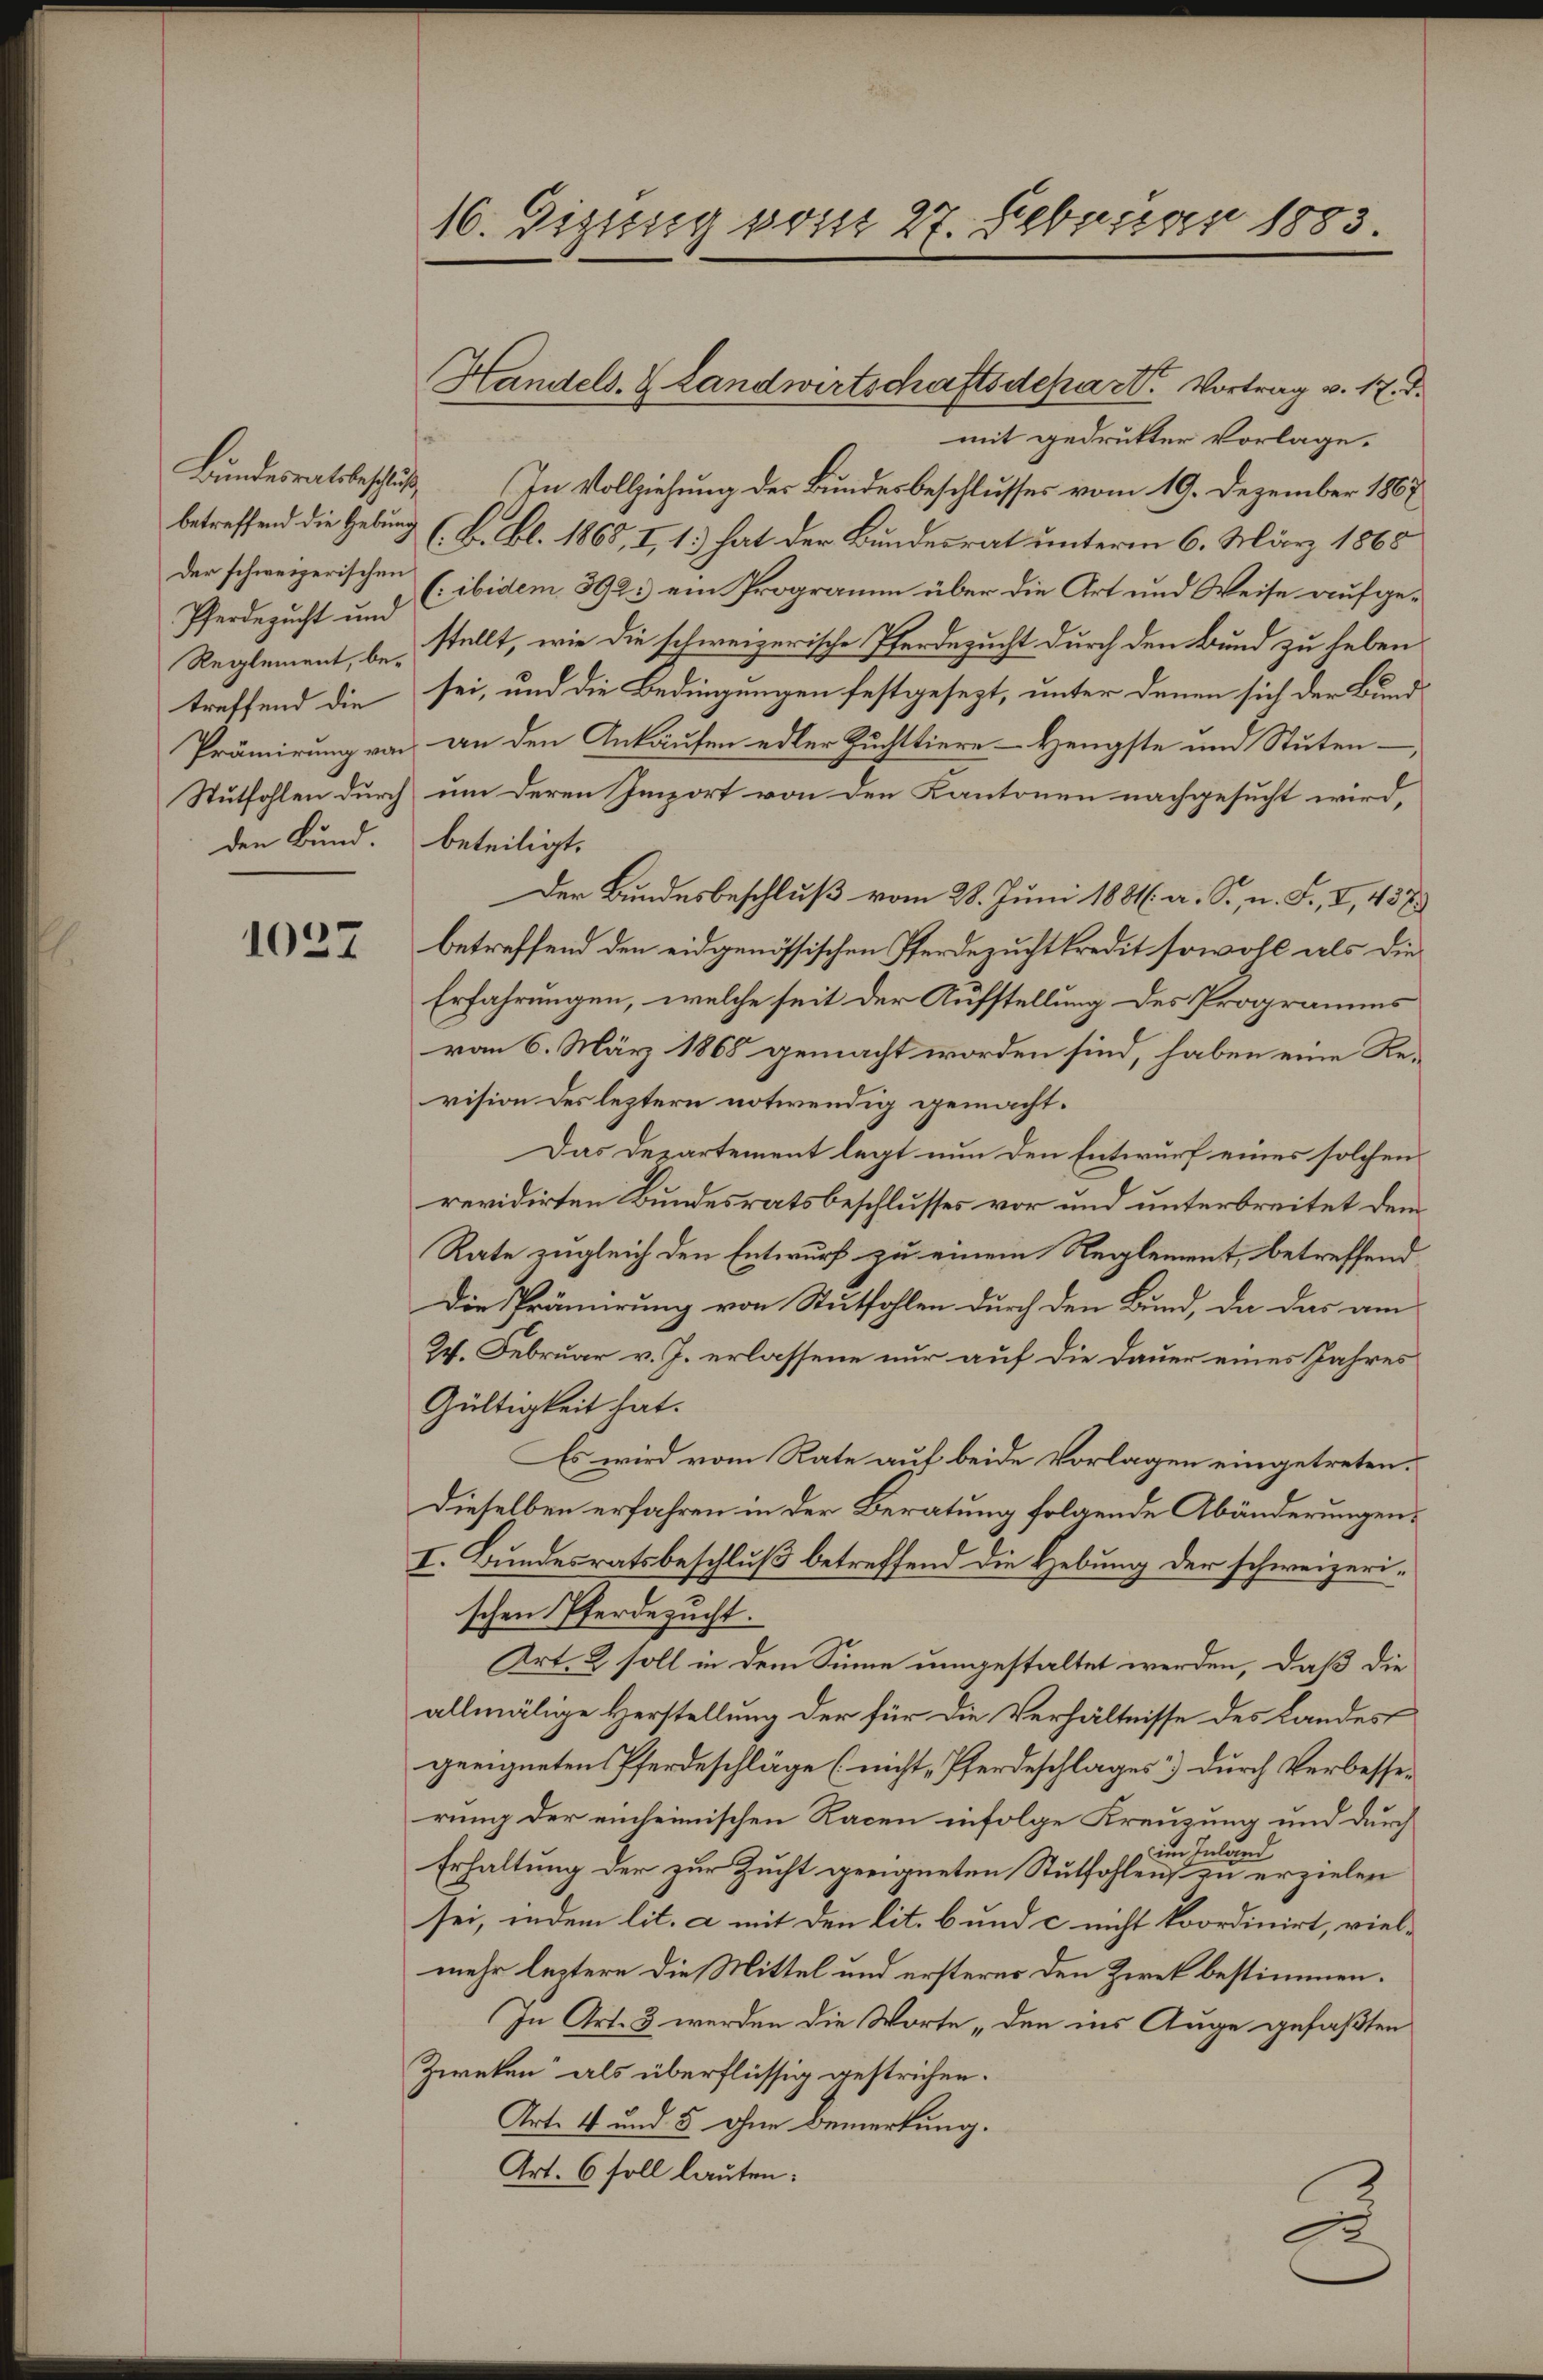
der schweizerischen
Pferdezucht und
treffend die
den Bund

1027

mit gedrukter Vorlage.
Bundesratsbeschluß In Vollziehung der Bundesbeschlusses vom 19. Dezember 1867
betreffend die Geburg (B. Bl. 1865, I, 1.) hat der Bundesrat unterm 6. März 1865
(: ibidem 892. ein Programm über die Art und Weise aufge¬
Reglement, bei stellt, wie die schweizerische Pferdezucht durch den Bund zu haben
sei, und die Bedingungen festgesezt, unter denen sich der Bund
Prämirung von an den Ankaufen edler Zuchttiere Hengste um Stuten¬
Stutfohlen durch um deren Import von den Kantonen nachgesucht wird,
beteiligt.
Der Bundesbeschluß vom 28. Juni 1881 a. Sr. n. F., I, 457
betreffend den eidgenössischen Pferdezuchtkredit sowohl als die
Erfahrungen, welche seit der Aufstellung des Programms
vom 6. März 1868 gemacht worden sind, haben eine Revision des leztern notwendig gemacht.
Das Departement legt nun den Entwurf eines solchen
revidirten Bundesratsbeschlusses vor und unterbreitet dem
Rate zugleich den Entwurf zu einem Reglement, betreffend
Die Prämirung von Stutfohlen durch den Bund, da das am
Ich. Februar v. J. erlassene nur auf die Dauer eines Jahres
Gültigkeit hat.
Es wird vom Rate auf beide Vorlagen eingetreten.
Dieselben erfahren in der Beratung folgende Abänderungen.
I. Bundesratsbeschluß betreffend die Hebung der schweizerischen Pferdezucht.
Art. 2 soll in dem Sinne umgestaltet werden, daß die
allmälige Herstellung der für die Verhältnisse des Landes
geeigneten Pferdeschläge (nicht Pferdeschlages durch Verbesserung der einheimischen Racen infolge Kreuzung und durch
 im Inland
Erhaltung der zur Zucht geeigneten Stutfohlen zu erzielen
sei, indem lit. a mit den lit. b und c. nicht koordinirt, vielmehr leztere die Mittel und ersteres den Zwek bestimmen.
In Art. 3 werden die Worte „den ins Auge gefaßten
Zweken“ als überflüssig gestrichen.
Art. 4 und 5 ohne Bemerkung.
Art. 6 soll lauten:
F

16. Digung vom 27. Februar 1883.

Handels- & Landwirtschaftsdepart. Vortrag v. 17. d.